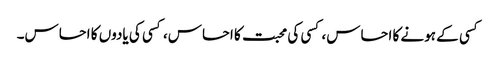
کسی کے ہونے کا احساس، کسی کی محبت کا احساس، کسی کی یادوں کا احساس۔